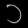
Digit: ၁